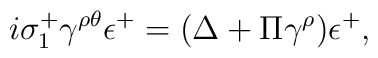
i\sigma_1^+\gamma^{\rho\theta}\epsilon^+=(\Delta + \Pi \gamma^\rho)\epsilon^+,